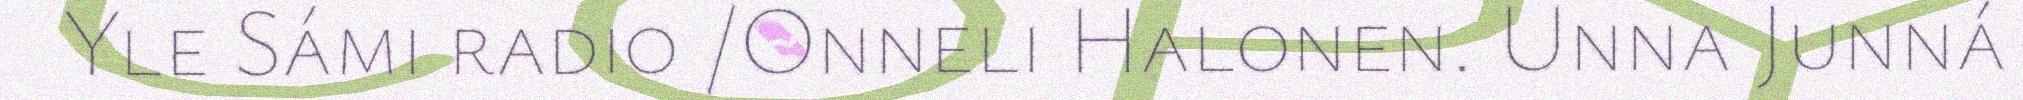
Yle Sámi radio /Onneli Halonen. Unna Junná